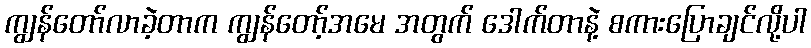
ကျွန်တော်လာခဲ့တာက ကျွန်တော့်အမေ အတွက် ဒေါက်တာနဲ့ စကားပြောချင်လို့ပါ